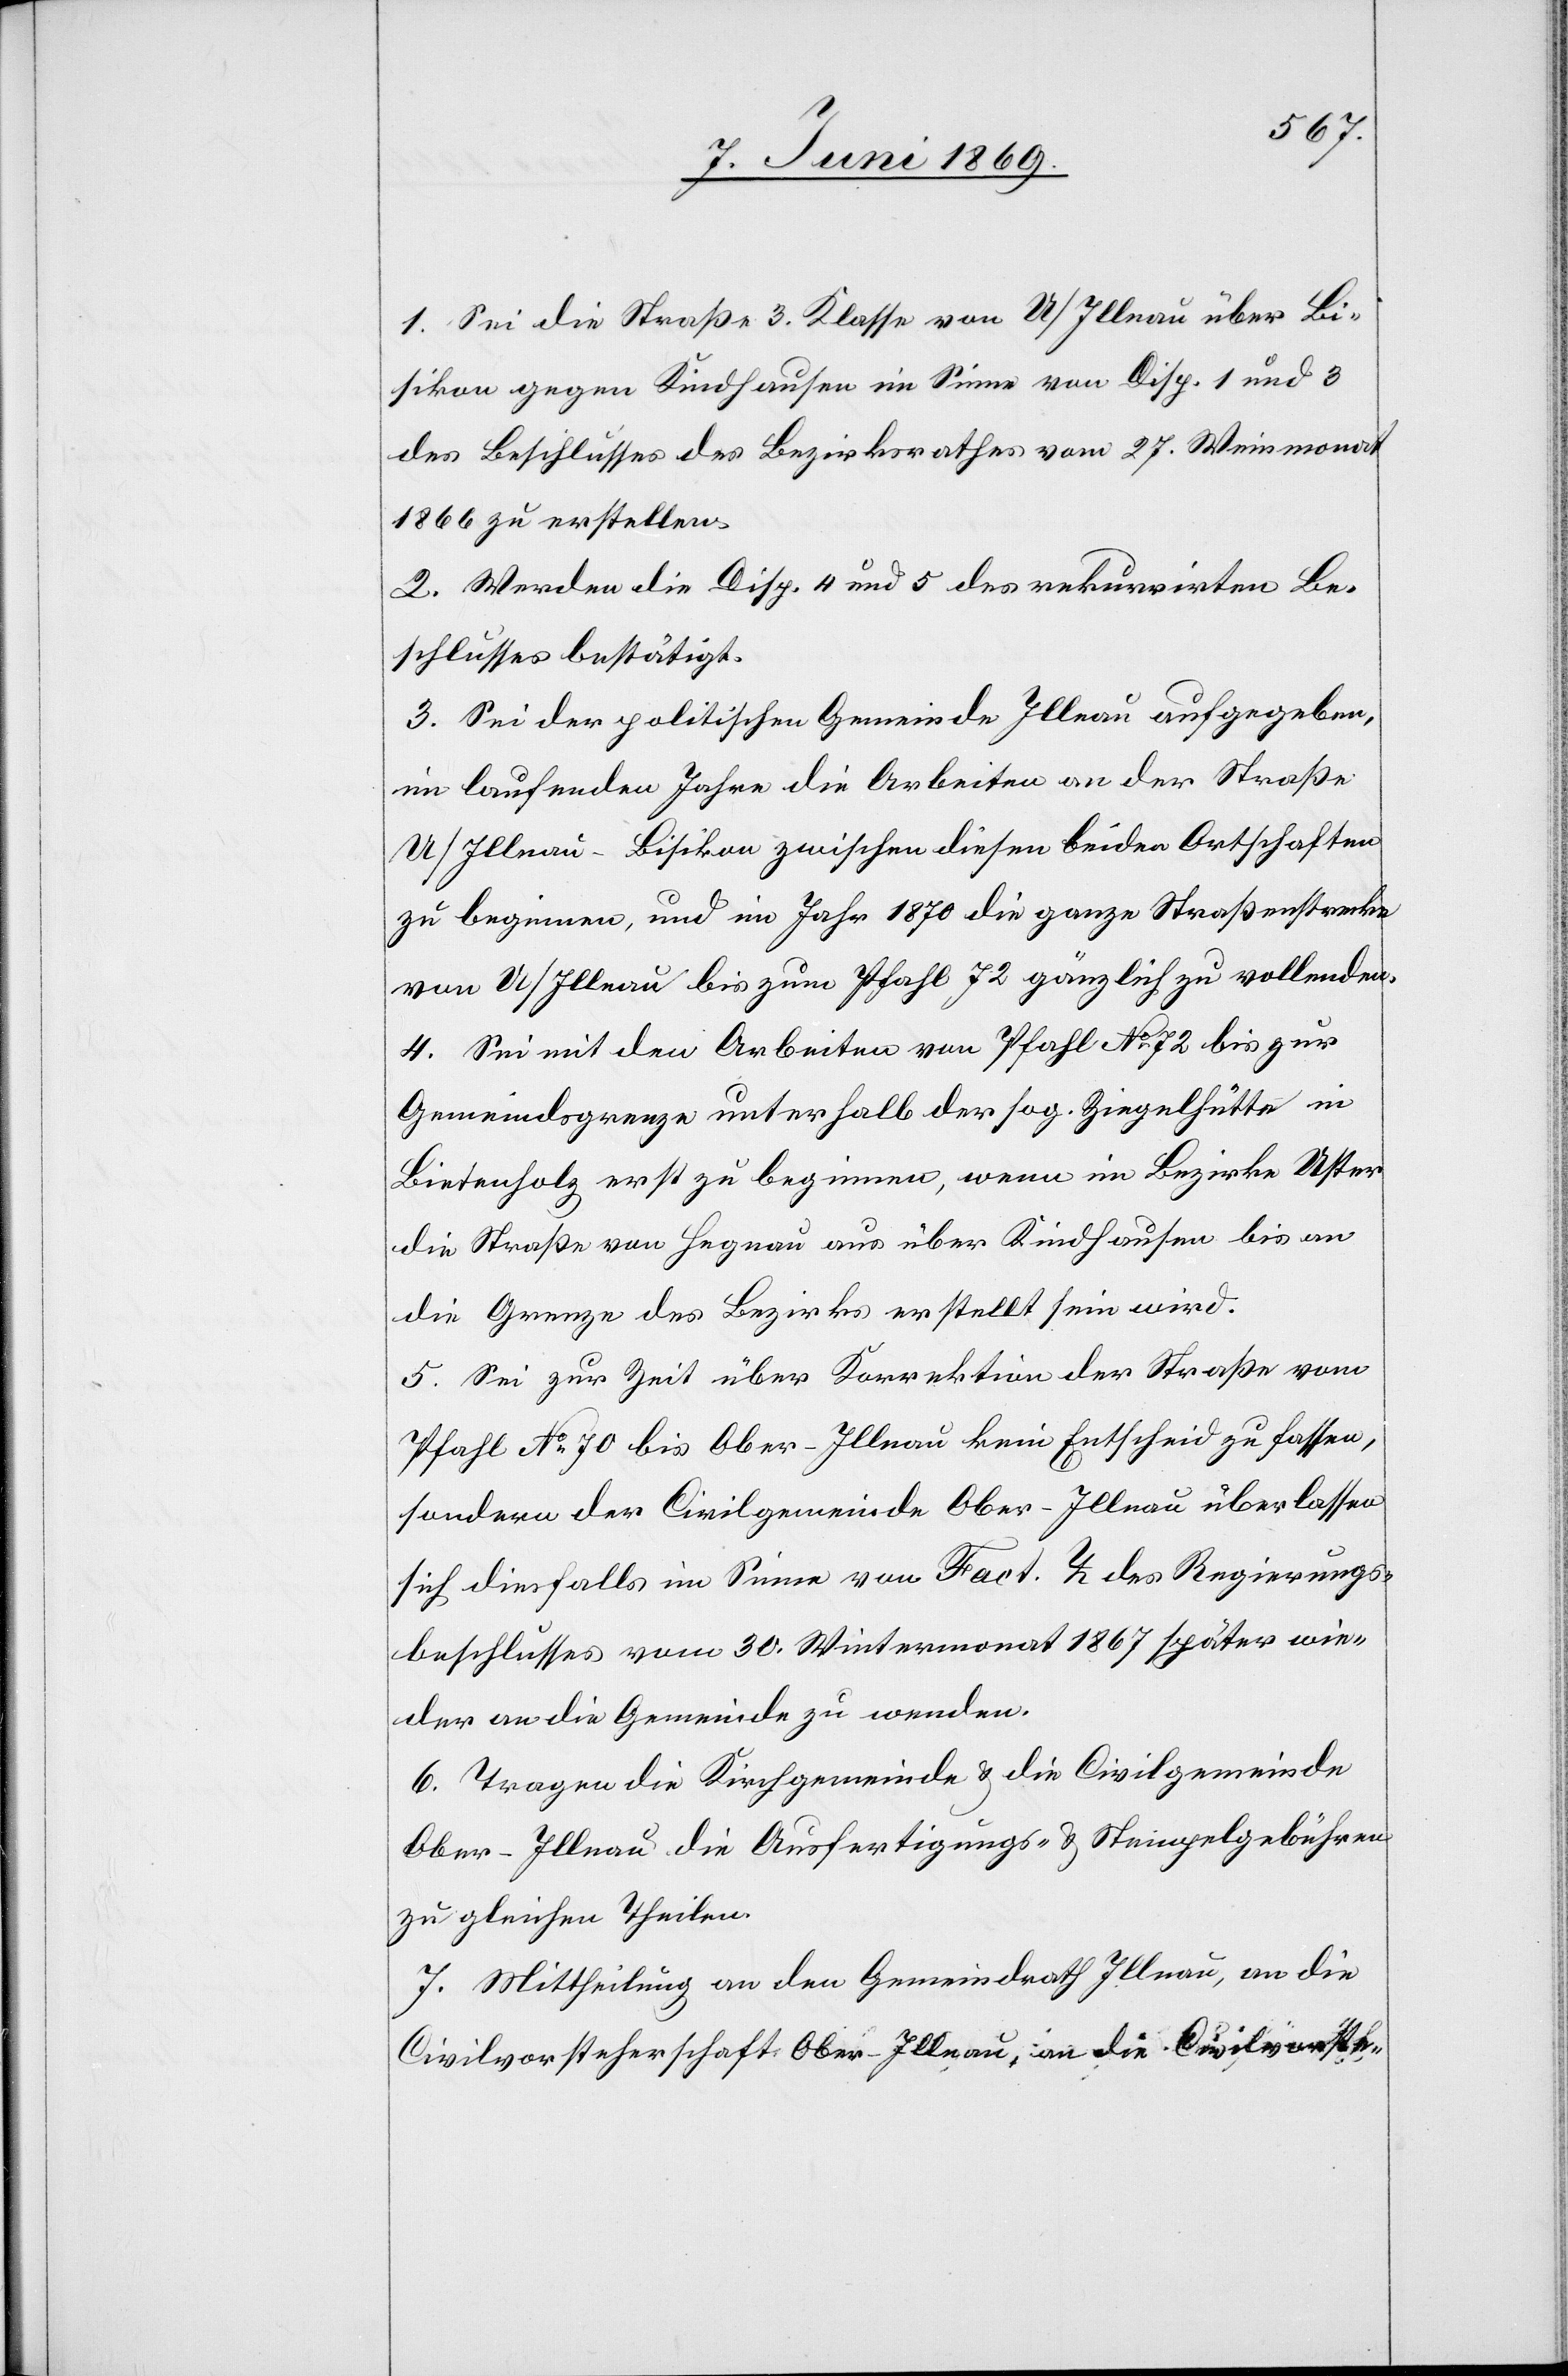
1. Sei die Straße 3. Klasse von U/Illnau über Bi¬
sikon gegen Kindhausen im Sinne von Disp. 1 und 3
des Beschlusses des Bezirksrathes vom 27. Weinmonat
1866 zu erstellen.
2. Werden die Disp. 4 und 5 des rekurrirten Be¬
schlusses bestätigt.
3. Sei der politischen Gemeinde Illnau aufgegeben,
im laufenden Jahre die Arbeiten an der Straße
U/Illnau–Bisikon zwischen diesen beiden Ortschaften
zu beginnen, und im Jahr 1870 die ganze Straßenstrecke
von U/Illnau bis zum Pfahl 72 gänzlich zu vollenden.
4. Sei mit den Arbeiten von Pfahl No 72 bis zur
Gemeindsgrenze unterhalb der sog. Ziegelhütte in
Bietenholz erst zu beginnen, wenn im Bezirke Uster
die Straße von Hegnau aus über Kindhausen bis an
die Grenze des Bezirks erstellt sein wird.
5. Sei zur Zeit über Korrektion der Straße vom
Pfahl No 70 bis Ober-Illnau kein Entscheid zu fassen,
sondern der Civilgemeinde Ober-Illnau überlassen
sich diesfalls im Sinne von Fact. L des Regierungs¬
beschlusses vom 30. Wintermonat 1867 später wie¬
der an die Gemeinde zu wenden.
6. Tragen die Kirchgemeinde u. die Civilgemeinde
Ober-Illnau die Ausfertigungs- u. Stempelgebühren
zu gleichen Theilen.
7. Mittheilung an den Gemeindrath Illnau, an die
Civilvorsteherschaft Ober-Illnau, an die Civilvorste-